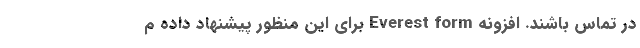
در تماس باشند. افزونه‌ Everest form برای این منظور پیشنهاد داده م